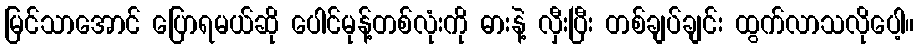
မြင်သာအောင် ပြောရမယ်ဆို ပေါင်မုန့်တစ်လုံးကို ဓားနဲ့ လှီးပြီး တစ်ချပ်ချင်း ထွက်လာသလိုပေါ့။